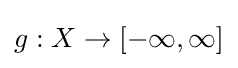
g:X\to [-\infty ,\infty ]